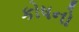
કોષનો